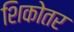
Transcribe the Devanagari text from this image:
शिकोतर